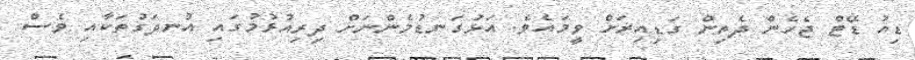
ޑިއު ޑޭޓް ޖެހެން ދެތިން ގަޑިއިރަށް ވީމައެވެ. އަޅުގަނޑުމެންނަށް ދިރިއުޅުމުގައި އުނދަގުތަކާއި ވެސް